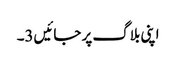
اپنی بلاگ پر جائیں3۔